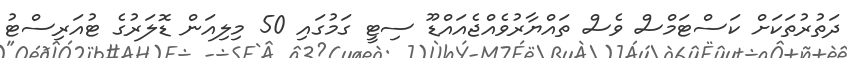
ދަތުރުތަކަށް ކަސްޓަމްސް ވެސް ތައްޔާރުވެއްޖެއައްޑޫ ސިޓީ ގަމުގައި 50 މިލިއަން ޑޮލަރުގެ ޓުއަރިސްޓު